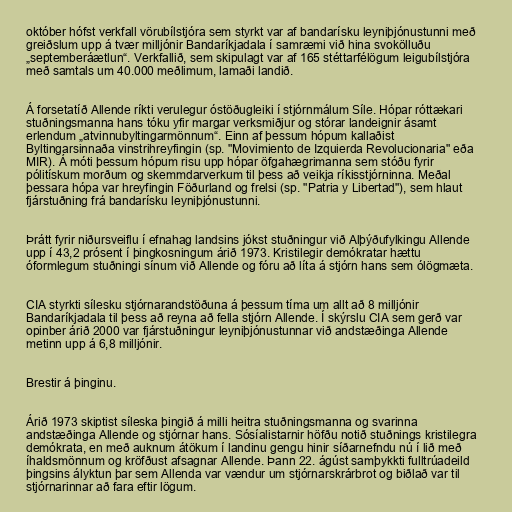
október hófst verkfall vörubílstjóra sem styrkt var af bandarísku leyniþjónustunni með
greiðslum upp á tvær milljónir Bandaríkjadala í samræmi við hina svokölluðu
„septemberáætlun“. Verkfallið, sem skipulagt var af 165 stéttarfélögum leigubílstjóra
með samtals um 40.000 meðlimum, lamaði landið.

Á forsetatíð Allende ríkti verulegur óstöðugleiki í stjórnmálum Síle. Hópar róttækari
stuðningsmanna hans tóku yfir margar verksmiðjur og stórar landeignir ásamt
erlendum „atvinnubyltingarmönnum“. Einn af þessum hópum kallaðist
Byltingarsinnaða vinstrihreyfingin (sp. "Movimiento de Izquierda Revolucionaria" eða
MIR). Á móti þessum hópum risu upp hópar öfgahægrimanna sem stóðu fyrir
pólitískum morðum og skemmdarverkum til þess að veikja ríkisstjórninna. Meðal
þessara hópa var hreyfingin Föðurland og frelsi (sp. "Patria y Libertad"), sem hlaut
fjárstuðning frá bandarísku leyniþjónustunni.

Þrátt fyrir niðursveiflu í efnahag landsins jókst stuðningur við Alþýðufylkingu Allende
upp í 43,2 prósent í þingkosningum árið 1973. Kristilegir demókratar hættu
óformlegum stuðningi sínum við Allende og fóru að líta á stjórn hans sem ólögmæta.

CIA styrkti sílesku stjórnarandstöðuna á þessum tíma um allt að 8 milljónir
Bandaríkjadala til þess að reyna að fella stjórn Allende. Í skýrslu CIA sem gerð var
opinber árið 2000 var fjárstuðningur leyniþjónustunnar við andstæðinga Allende
metinn upp á 6,8 milljónir.

Brestir á þinginu.

Árið 1973 skiptist síleska þingið á milli heitra stuðningsmanna og svarinna
andstæðinga Allende og stjórnar hans. Sósíalistarnir höfðu notið stuðnings kristilegra
demókrata, en með auknum átökum í landinu gengu hinir síðarnefndu nú í lið með
íhaldsmönnum og kröfðust afsagnar Allende. Þann 22. ágúst samþykkti fulltrúadeild
þingsins ályktun þar sem Allenda var vændur um stjórnarskrárbrot og biðlað var til
stjórnarinnar að fara eftir lögum.